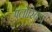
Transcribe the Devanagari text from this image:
फ्लोरिबंडा